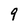
Character: 9